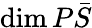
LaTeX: \mathrm{dim}\, P\bar{S}